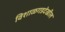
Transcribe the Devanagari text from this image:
विशाळगडदेखील